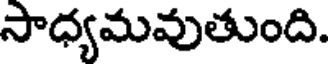
సాధ్యమవుతుంది.